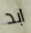
ابد